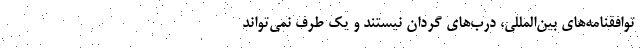
توافقنامه‌های بین‌المللی، درب‌های گردان نیستند و یک طرف نمی‌تواند